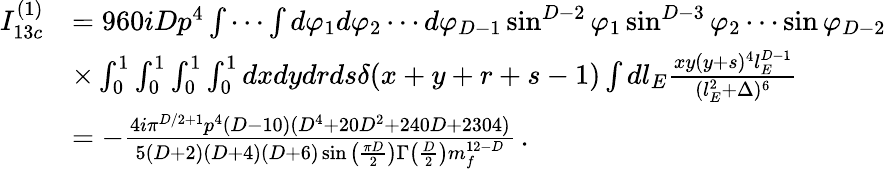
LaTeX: \begin{array}{rl}{I_{13c}^{(1)}}&{=960iDp^{4}\int\cdots\int d\varphi_{1}d\varphi_{2}\cdots d\varphi_{D-1}\sin^{D-2}\varphi_{1}\sin^{D-3}\varphi_{2}\cdots\sin\varphi_{D-2}}\\ &{\times\int_{0}^{1}\int_{0}^{1}\int_{0}^{1}\int_{0}^{1}dxdydrds\delta(x+y+r+s-1)\int dl_{E}\frac{xy(y+s)^{4}l_{E}^{D-1}}{(l_{E}^{2}+\Delta)^{6}}}\\ &{=-\frac{4i\pi^{D/2+1}p^{4}(D-10)(D^{4}+20D^{2}+240D+2304)}{5(D+2)(D+4)(D+6)\sin\big(\frac{\pi D}{2}\big)\Gamma\big(\frac{D}{2}\big)m_{f}^{12-D}}\, .}\end{array}